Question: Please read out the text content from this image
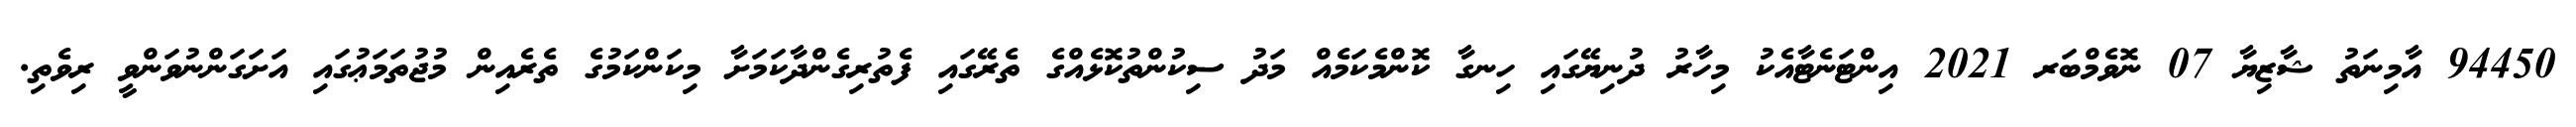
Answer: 94450 އާމިނަތު ޝާޒިޔާ 07 ނޮވެމްބަރ 2021 އިންޓަނެޓާއެކު މިހާރު ދުނިޔޭގައި ހިނގާ ކޮންމެކަމެއް މަދު ސިކުންތުކޮޅެއްގެ ތެރޭގައި ފެތުރިގެންދާކަމަށާ މިކަންކަމުގެ ތެރެއިން މުޖުތަމަޢުގައި އަށަގަންނުވަންވީ ރިވެތި.